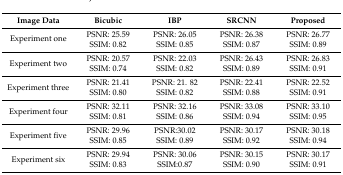
| Image Data | Bicubic | IBP | SRCNN | Proposed |
 | --- | --- | --- | --- | --- |
 | <ROWSPAN=2> Experiment one | PSNR: 25.59 | PSNR: 26.05 | PSNR: 26.38 | PSNR: 26.77 |
 | SSIM: 0.82 | SSIM: 0.85 | SSIM: 0.87 | SSIM: 0.89 |
 | <ROWSPAN=2> Experiment two | PSNR: 20.57 | PSNR: 22.03 | PSNR: 26.43 | PSNR: 26.83 |
 | SSIM: 0.74 | SSIM: 0.82 | SSIM: 0.89 | SSIM: 0.91 |
 | <ROWSPAN=2> Experiment three | PSNR: 21.41 | PSNR: 21. 82 | PSNR: 22.41 | PSNR: 22.52 |
 | SSIM: 0.80 | SSIM: 0.82 | SSIM: 0.88 | SSIM: 0.91 |
 | <ROWSPAN=2> Experiment four | PSNR: 32.11 | PSNR: 32.16 | PSNR: 33.08 | PSNR: 33.10 |
 | SSIM: 0.81 | SSIM: 0.86 | SSIM: 0.94 | SSIM: 0.95 |
 | <ROWSPAN=2> Experiment five | PSNR: 29.96 | PSNR:30.02 | PSNR: 30.17 | PSNR: 30.18 |
 | SSIM: 0.85 | SSIM: 0.89 | SSIM: 0.92 | SSIM: 0.94 |
 | <ROWSPAN=2> Experiment six | PSNR: 29.94 | PSNR: 30.06 | PSNR: 30.15 | PSNR: 30.17 |
 | SSIM: 0.83 | SSIM:0.87 | SSIM: 0.90 | SSIM: 0.91 |